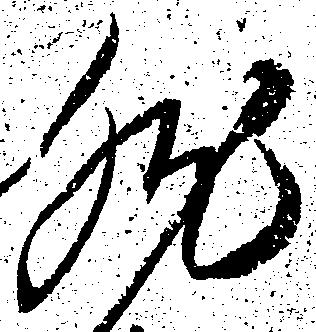
然